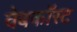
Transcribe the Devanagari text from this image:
वेबकॉस्ट